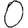
Digit: 0